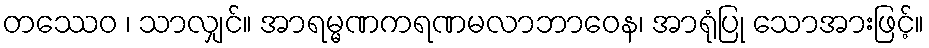
တဿေဝ ၊ သာလျှင်။ အာရမ္မဏကရဏမလာဘာဝေန၊ အာရုံပြု သောအားဖြင့်။